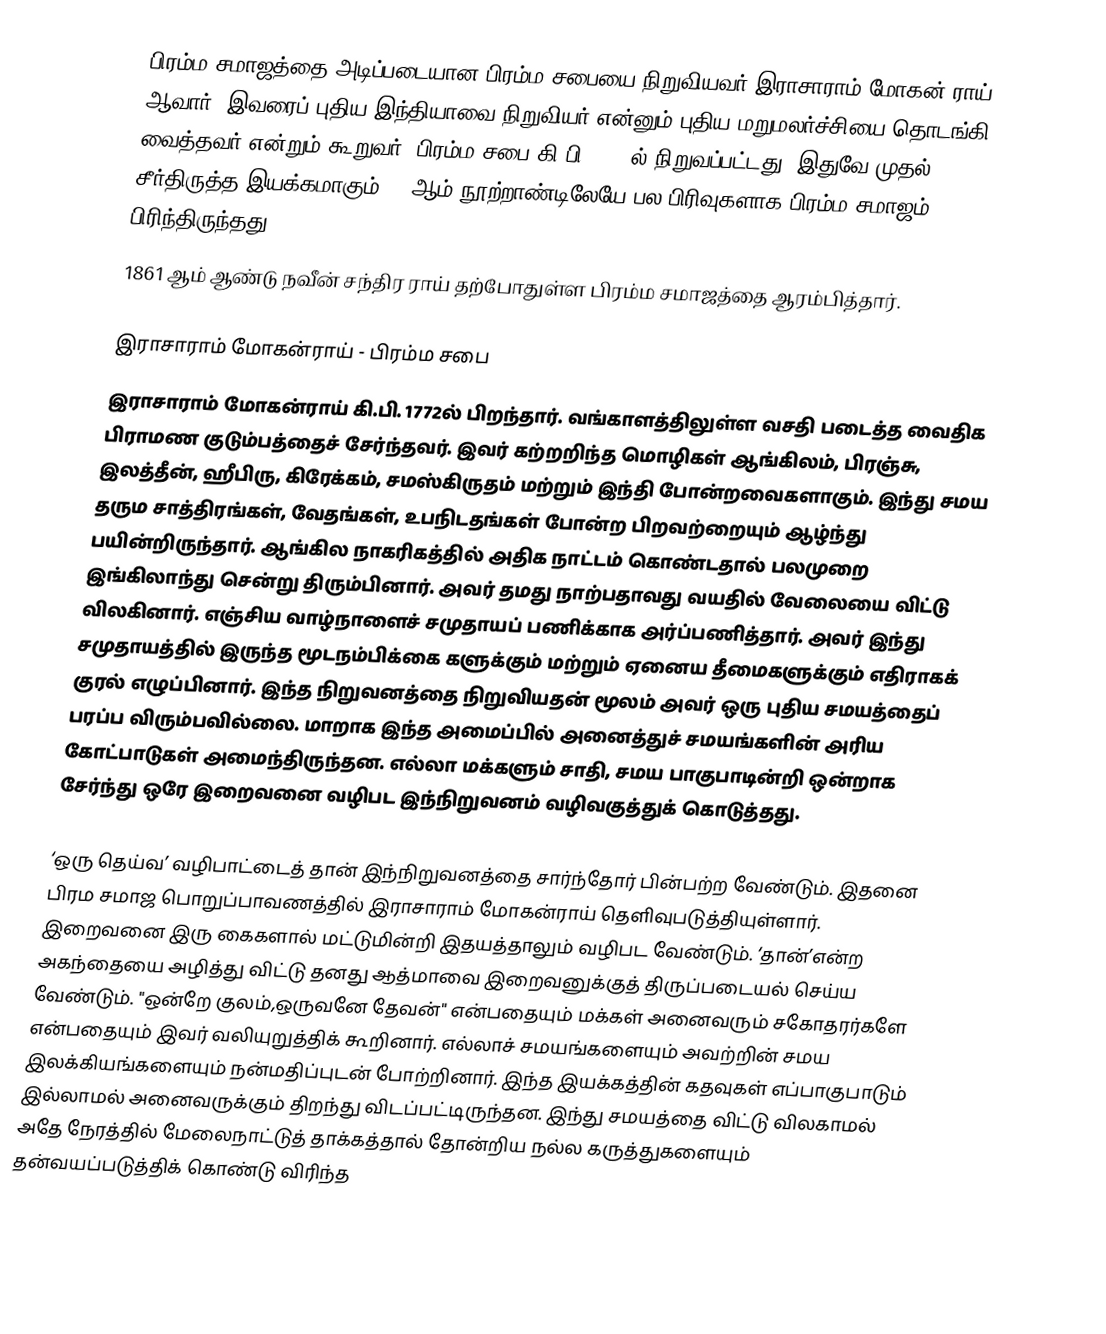
பிரம்ம சமாஜத்தை அடிப்படையான பிரம்ம சபையை நிறுவியவர் இராசாராம் மோகன் ராய் ஆவார். இவரைப் புதிய இந்தியாவை நிறுவியர் என்னும் புதிய மறுமலர்ச்சியை தொடங்கி வைத்தவர் என்றும் கூறுவர். பிரம்ம சபை கி.பி. 1828ல் நிறுவப்பட்டது. இதுவே முதல் சீர்திருத்த இயக்கமாகும். 19ஆம் நூற்றாண்டிலேயே பல பிரிவுகளாக பிரம்ம சமாஜம் பிரிந்திருந்தது.
1861 ஆம் ஆண்டு நவீன் சந்திர ராய் தற்போதுள்ள பிரம்ம சமாஜத்தை ஆரம்பித்தார்.

இராசாராம் மோகன்ராய் - பிரம்ம சபை
இராசாராம் மோகன்ராய் கி.பி. 1772ல் பிறந்தார். வங்காளத்திலுள்ள வசதி படைத்த வைதிக பிராமண குடும்பத்தைச் சேர்ந்தவர். இவர் கற்றறிந்த மொழிகள் ஆங்கிலம், பிரஞ்சு, இலத்தீன், ஹீபிரு, கிரேக்கம், சமஸ்கிருதம் மற்றும் இந்தி போன்றவைகளாகும். இந்து சமய தரும சாத்திரங்கள், வேதங்கள், உபநிடதங்கள் போன்ற பிறவற்றையும் ஆழ்ந்து பயின்றிருந்தார். ஆங்கில நாகரிகத்தில் அதிக நாட்டம் கொண்டதால் பலமுறை இங்கிலாந்து சென்று திரும்பினார். அவர் தமது நாற்பதாவது வயதில் வேலையை விட்டு விலகினார். எஞ்சிய வாழ்நாளைச் சமுதாயப் பணிக்காக அர்ப்பணித்தார். அவர் இந்து சமுதாயத்தில் இருந்த மூடநம்பிக்கை களுக்கும் மற்றும் ஏனைய தீமைகளுக்கும் எதிராகக் குரல் எழுப்பினார். இந்த நிறுவனத்தை நிறுவியதன் மூலம் அவர் ஒரு புதிய சமயத்தைப் பரப்ப விரும்பவில்லை. மாறாக இந்த அமைப்பில் அனைத்துச் சமயங்களின் அரிய கோட்பாடுகள் அமைந்திருந்தன. எல்லா மக்களும் சாதி, சமய பாகுபாடின்றி ஒன்றாக சேர்ந்து ஒரே இறைவனை வழிபட இந்நிறுவனம் வழிவகுத்துக் கொடுத்தது.

‘ஒரு தெய்வ’ வழிபாட்டைத் தான் இந்நிறுவனத்தை சார்ந்தோர் பின்பற்ற வேண்டும். இதனை பிரம சமாஜ பொறுப்பாவணத்தில் இராசாராம் மோகன்ராய் தெளிவுபடுத்தியுள்ளார். இறைவனை இரு கைகளால் மட்டுமின்றி இதயத்தாலும் வழிபட வேண்டும். ‘தான்’என்ற அகந்தையை அழித்து விட்டு தனது ஆத்மாவை இறைவனுக்குத் திருப்படையல் செய்ய வேண்டும். "ஒன்றே குலம்,ஒருவனே தேவன்" என்பதையும் மக்கள் அனைவரும் சகோதரர்களே என்பதையும் இவர் வலியுறுத்திக் கூறினார். எல்லாச் சமயங்களையும் அவற்றின் சமய இலக்கியங்களையும் நன்மதிப்புடன் போற்றினார். இந்த இயக்கத்தின் கதவுகள் எப்பாகுபாடும் இல்லாமல் அனைவருக்கும் திறந்து விடப்பட்டிருந்தன. இந்து சமயத்தை விட்டு விலகாமல் அதே நேரத்தில் மேலைநாட்டுத் தாக்கத்தால் தோன்றிய நல்ல கருத்துகளையும் தன்வயப்படுத்திக் கொண்டு விரிந்த